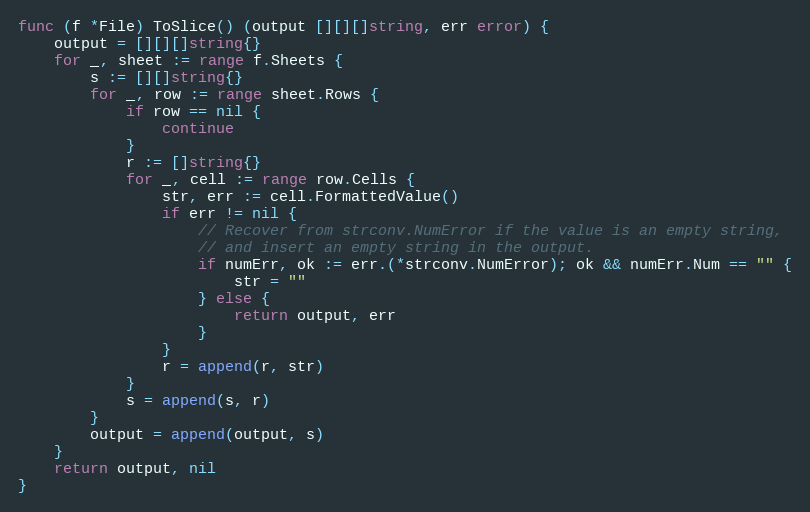
Language: Go
func (f *File) ToSlice() (output [][][]string, err error) {
	output = [][][]string{}
	for _, sheet := range f.Sheets {
		s := [][]string{}
		for _, row := range sheet.Rows {
			if row == nil {
				continue
			}
			r := []string{}
			for _, cell := range row.Cells {
				str, err := cell.FormattedValue()
				if err != nil {
					// Recover from strconv.NumError if the value is an empty string,
					// and insert an empty string in the output.
					if numErr, ok := err.(*strconv.NumError); ok && numErr.Num == "" {
						str = ""
					} else {
						return output, err
					}
				}
				r = append(r, str)
			}
			s = append(s, r)
		}
		output = append(output, s)
	}
	return output, nil
}